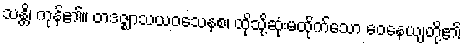
သန္တိ၊ ကုန်၏။ တဒဇ္ဈာသယဝသေနစ၊ ထိုသို့ဆုံးမထိုက်သော ဝေနေယျတို့၏